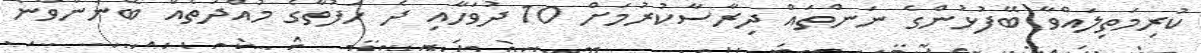
ކުރިމަތިލައްވާ ބޭފުޅުންގެ ނަންތައް ދިރާސާކުރުމަށް 10 ދުވަހާއި ދެ ހަފުތާގެ މުއްދަތެއް ބޭނުންވާނެ